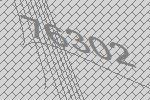
76302